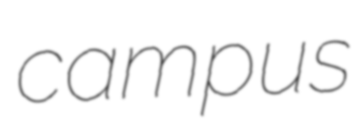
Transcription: campus